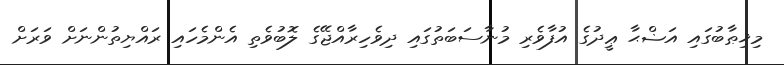
މިޚިޠާބުގައި އަޟްޙާ ޢީދުގެ އުފާވެރި މުނާސަބަތުގައި ދިވެހިރާއްޖޭގެ ލޮބުވެތި އެންމެހައި ރައްޔިތުންނަށް ވަރަށް